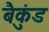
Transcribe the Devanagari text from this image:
बैकुंड